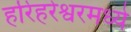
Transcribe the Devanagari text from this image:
हरिहरेश्वरमध्ये